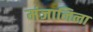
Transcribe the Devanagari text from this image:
मंजानिला